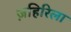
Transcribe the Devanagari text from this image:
ज़हिरिला